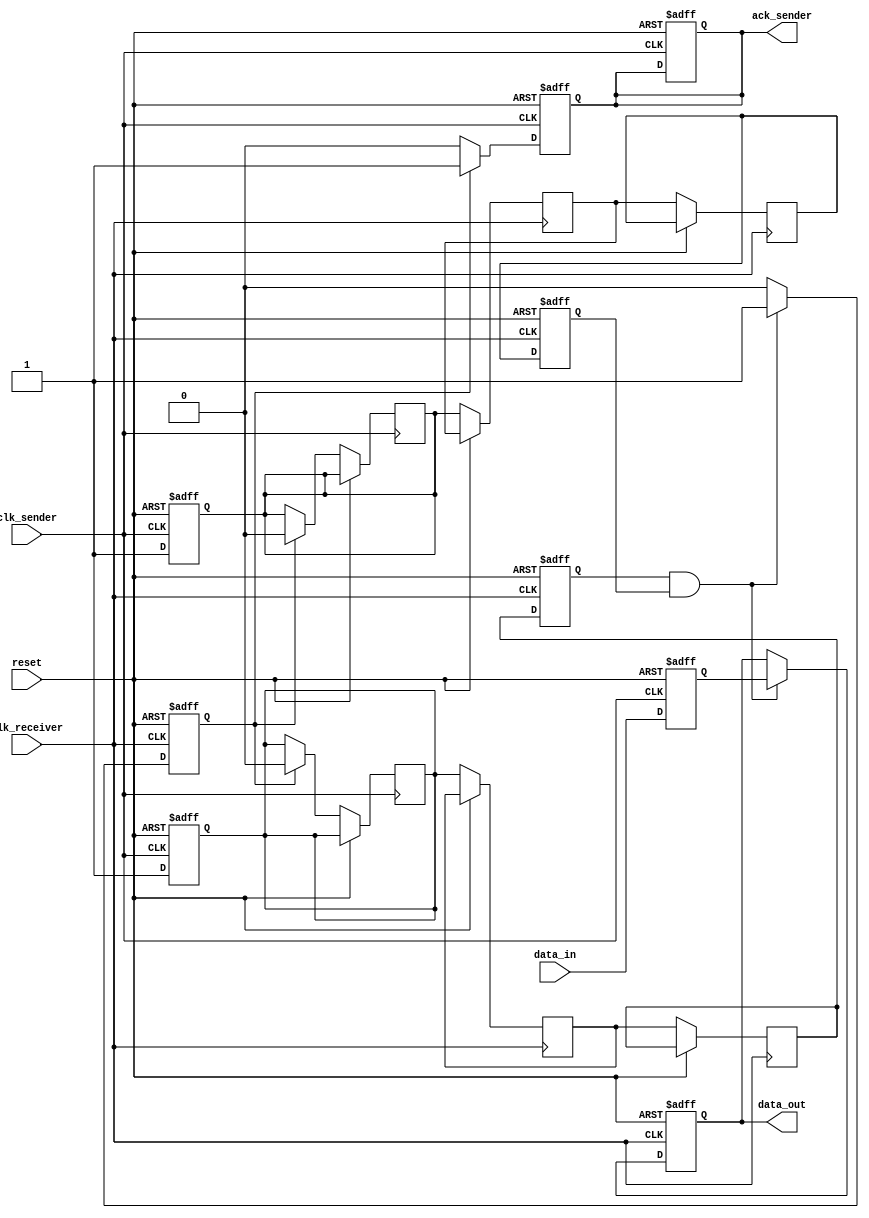
module handshake_synchronizer (
    input wire clk_sender,         // Sender clock
    input wire clk_receiver,       // Receiver clock
    input wire reset,              // Asynchronous reset
    input wire [7:0] data_in,      // Data input to be sent
    output reg [7:0] data_out,     // Data output received
    output reg ack_sender          // Acknowledgment signal to sender
);

    // Sender side signals
    reg [7:0] data_reg;            // Data register
    reg valid;                     // Valid signal
    reg handshake;                 // Handshake signal

    // Receiver side signals
    reg valid_sync;                // Synchronized valid signal
    reg handshake_sync;            // Synchronized handshake signal
    reg ack_receiver;              // Acknowledgment signal from receiver

    // Sender process
    always @(posedge clk_sender or posedge reset) begin
        if (reset) begin
            data_reg <= 8'b0;
            valid <= 1'b0;
            handshake <= 1'b0;
            ack_sender <= 1'b0;
        end else begin
            // Capture data and assert valid signal
            data_reg <= data_in;
            valid <= 1'b1;
            handshake <= 1'b1; // Assert handshake signal
        end
    end

    // Receiver process
    always @(posedge clk_receiver or posedge reset) begin
        if (reset) begin
            data_out <= 8'b0;
            ack_receiver <= 1'b0;
        end else begin
            // Capture the valid and handshake signals
            if (valid_sync && handshake_sync) begin
                data_out <= data_reg; // Capture data
                ack_receiver <= 1'b1;  // Assert acknowledgment signal
            end else begin
                ack_receiver <= 1'b0;  // Deassert acknowledgment signal
            end
        end
    end

    // Synchronize valid and handshake signals
    reg valid_sync_1, valid_sync_2;
    reg handshake_sync_1, handshake_sync_2;

    always @(posedge clk_receiver or posedge reset) begin
        if (reset) begin
            valid_sync <= 1'b0;
            handshake_sync <= 1'b0;
        end else begin
            valid_sync_1 <= valid;               // First stage of synchronization
            valid_sync_2 <= valid_sync_1;        // Second stage of synchronization
            valid_sync <= valid_sync_2;          // Synchronized valid signal

            handshake_sync_1 <= handshake;       // First stage of synchronization
            handshake_sync_2 <= handshake_sync_1; // Second stage of synchronization
            handshake_sync <= handshake_sync_2;  // Synchronized handshake signal
        end
    end

    // Acknowledge the sender
    always @(posedge clk_sender or posedge reset) begin
        if (reset) begin
            ack_sender <= 1'b0;
        end else begin
            if (ack_receiver) begin
                ack_sender <= 1'b1; // Acknowledge receipt of data
                valid <= 1'b0;      // Deassert valid signal
                handshake <= 1'b0;  // Deassert handshake signal
            end else begin
                ack_sender <= 1'b0; // Deassert acknowledgment signal
            end
        end
    end

endmodule